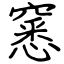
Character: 窸